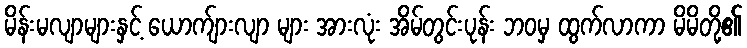
မိန်းမလျာများနှင့် ယောက်ျားလျာ များ အားလုံး အိမ်တွင်းပုန်း ဘဝမှ ထွက်လာကာ မိမိတို့၏